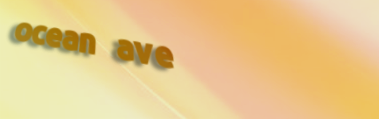
ocean ave